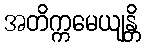
အတိက္ကမေယျန္တိ